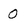
Character: 0